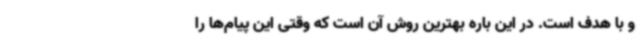
و با هدف است. در این باره بهترین روش آن است که وقتی این پیام‌ها را